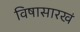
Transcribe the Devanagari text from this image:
विषासारखं